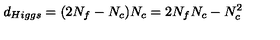
d _ { H i g g s } = ( 2 N _ { f } - N _ { c } ) N _ { c } = 2 N _ { f } N _ { c } - N _ { c } ^ { 2 }